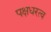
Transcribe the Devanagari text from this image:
पक्षधरत्व